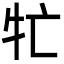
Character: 牤